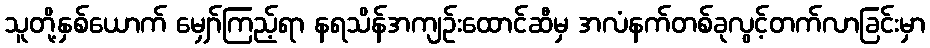
သူတို့နှစ်ယောက် မျှော်ကြည့်ရာ နရသိန်အကျဉ်းထောင်ဆီမှ အလံနက်တစ်ခုလွင့်တက်လာခြင်းမှာ